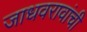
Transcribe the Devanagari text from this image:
जाधवरावांची